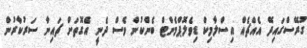
ގުރޭސްގައިދޭ އެއްޗެއް އިސްލާމިކް ޑިވެލޮޕްމެންޓް ބެންކުން ވެސް ދެނީ އެގޮތަށް ޗައިނާ ސަރުކާރުން